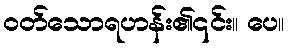
ဝတ်သောရဟန်း၏၎င်း။ ပေ။